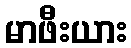
မာဖီးယား